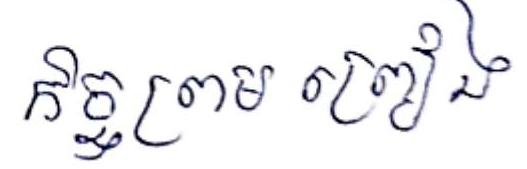
កិច្ចព្រម ព្រៀង